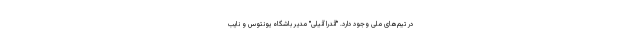
در تیم‌های ملی وجود دارد. "آندرا آنیلی" مدیر باشگاه یونتوس و نایب